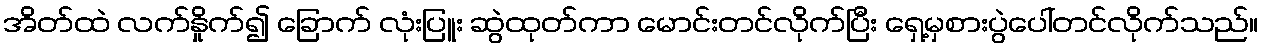
အိတ်ထဲ လက်နှိုက်၍ ခြောက် လုံးပြူး ဆွဲထုတ်ကာ မောင်းတင်လိုက်ပြီး ရှေ့မှစားပွဲပေါ်တင်လိုက်သည်။